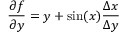
\frac { \partial f } { \partial y } = y + \sin ( x ) \frac { \Delta x } { \Delta y }